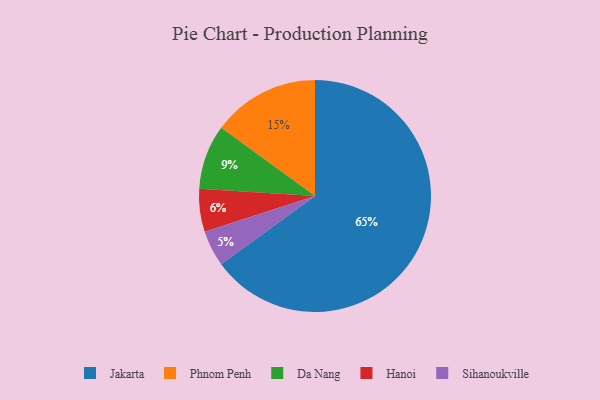
{"axis": {"x": "Category", "y": "Percentage"}, "legend": ["Da Nang", "Hanoi", "Jakarta", "Phnom Penh", "Sihanoukville"], "data": [{"x": "Da Nang", "y": 9, "type": "Da Nang"}, {"x": "Phnom Penh", "y": 15, "type": "Phnom Penh"}, {"x": "Jakarta", "y": 65, "type": "Jakarta"}, {"x": "Sihanoukville", "y": 5, "type": "Sihanoukville"}, {"x": "Hanoi", "y": 6, "type": "Hanoi"}]}